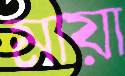
মায়া